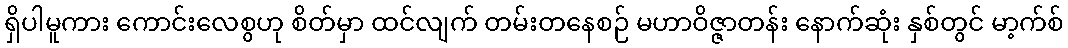
ရှိပါမူကား ကောင်းလေစွဟု စိတ်မှာ ထင်လျက် တမ်းတနေစဉ် မဟာဝိဇ္ဇာတန်း နောက်ဆုံး နှစ်တွင် မာ့က်စ်